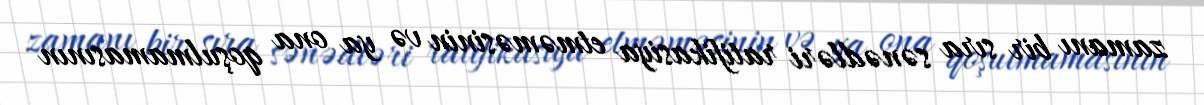
zamanı bir sıra sənədləri ratifikasiya etməməsinin və ya ona qoşulmamasının